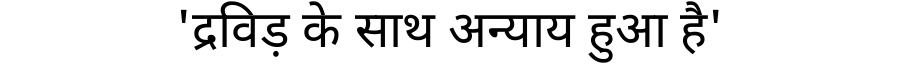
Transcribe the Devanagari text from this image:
'द्रविड़ के साथ अन्याय हुआ है'